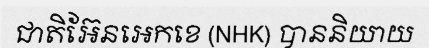
ជាតិអ៊ែនអេកខេ (NHK) បាននិយាយ